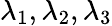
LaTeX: \lambda_{1},\lambda_{2},\lambda_{3}